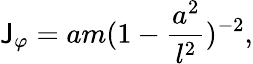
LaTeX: \mathsf{J}_{\varphi}=am(1-\frac{{a^{2}}}{{l^{2}}})^{-2},